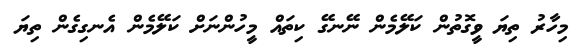
މިހާރު ތިޔަ ވީގޮތުން ކަލޭމެން ނޭނގޭ ކިތައް މީހުންނަށް ކަލޭމެން އެނގިގެން ތިޔަ